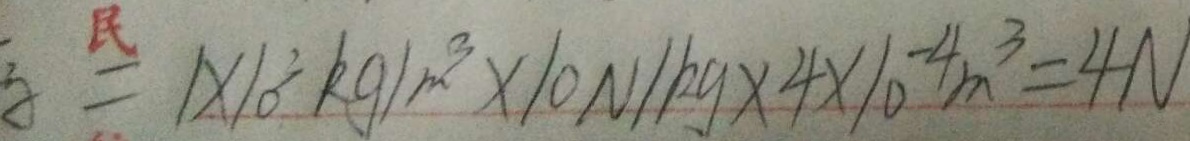
= 1 \times 1 0 ^ { 3 } k g / m ^ { 3 } \times 1 0 N / k g \times 4 \times 1 0 ^ { - 4 } m ^ { 3 } = 4 N